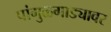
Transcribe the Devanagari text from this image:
पांगुळगाड्यावर